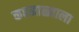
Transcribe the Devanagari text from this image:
करमाळ्याला